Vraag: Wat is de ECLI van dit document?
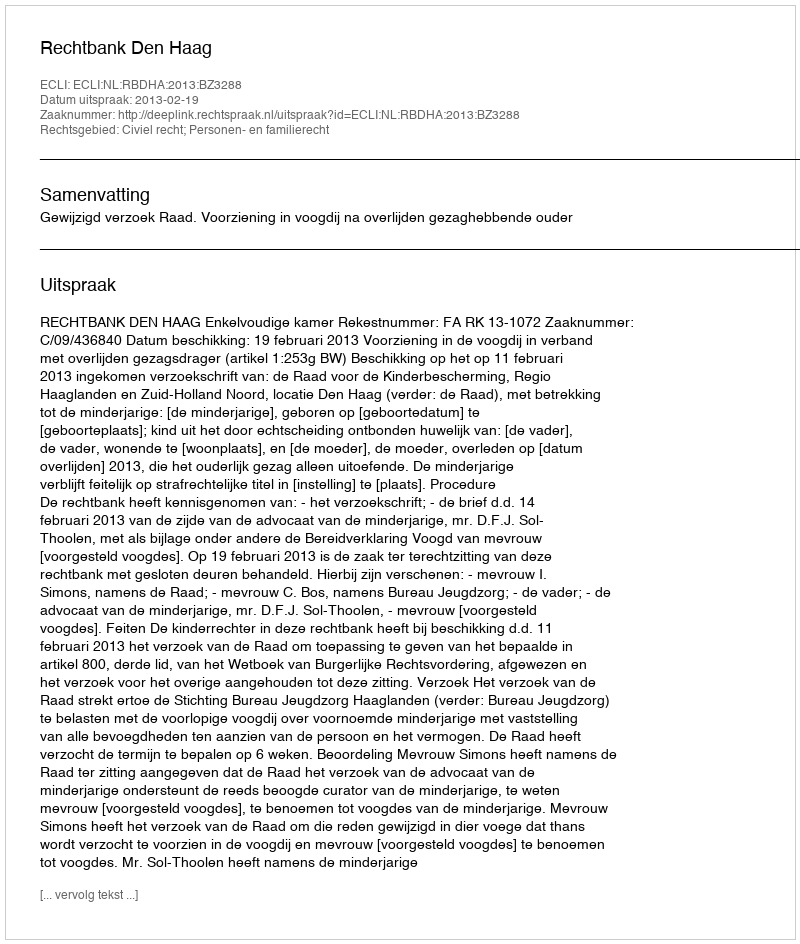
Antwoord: ECLI:NL:RBDHA:2013:BZ3288